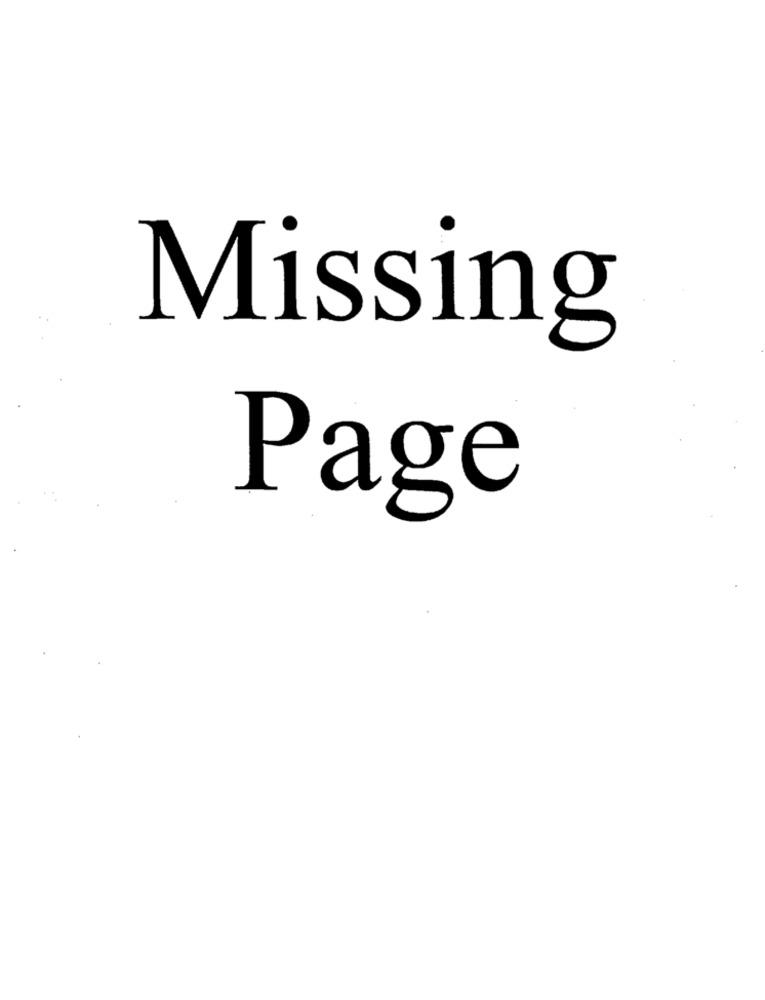
Missing
Page